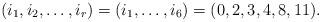
LaTeX: \begin{align*}(i_1,i_2,\dots, i_r) = (i_1,\dots, i_6) = (0,2,3,4,8,11).\end{align*}